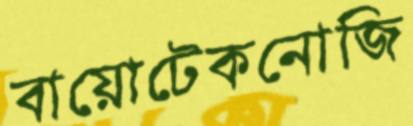
বায়োটেকনোজি